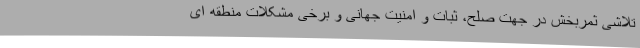
تلاشی ثمربخش در جهت صلح، ثبات و امنیت جهانی و برخی مشکلات منطقه ای